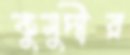
কুমুদীর